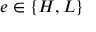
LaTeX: e \in \{ H , L \}